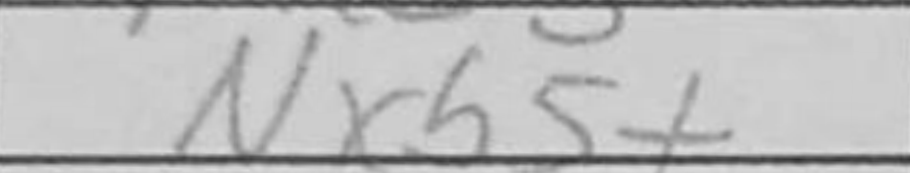
Transcription: Nxb5+